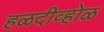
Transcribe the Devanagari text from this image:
हळदीव्होळ